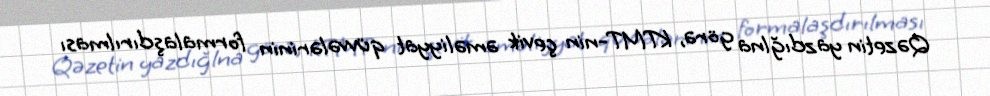
Qəzetin yazdığlna görə, KTMT-nin çevik əməliyyat qüvvələrinin formalaşdırılması